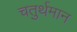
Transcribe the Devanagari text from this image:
चतुर्थमान